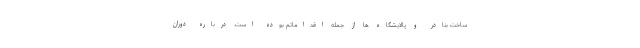
ساخت بنادر و پالایشگاه ها از جمله اقداماتم بوده است‌. درباره دوران